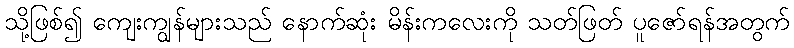
သို့ဖြစ်၍ ကျေးကျွန်များသည် နောက်ဆုံး မိန်းကလေးကို သတ်ဖြတ် ပူဇော်ရန်အတွက်